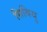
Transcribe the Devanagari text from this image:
सिबियु